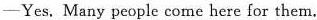
—Yes. Many people come here for them.